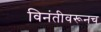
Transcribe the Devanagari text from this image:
विनंतीवरूनच